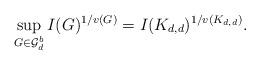
LaTeX: \begin{align*}\sup_{G\in \mathcal{G}^b_d}I(G)^{1/v(G)}=I(K_{d,d})^{1/v(K_{d,d})}.\end{align*}